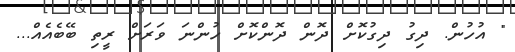
" އުހުން. ދިގު ދިގުކޮށް ދޮން ދޮންކޮށް ހުންނަ ވަރަށް ރީތި ބޭބެއެއް...